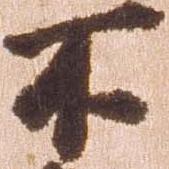
不